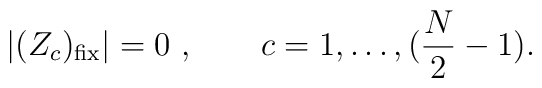
|(Z_c )_{\rm fix} | =0\ ,  \qquad c = 1, \dots ,({N\over  2}-1).